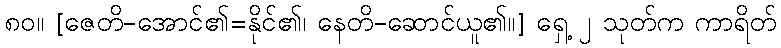
၈၀။ [ဇေတိ-အောင်၏=နိုင်၏၊ နေတိ-ဆောင်ယူ၏။] ရှေ့ ၂ သုတ်က ကာရိတ်